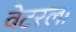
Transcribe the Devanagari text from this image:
वेटरला